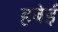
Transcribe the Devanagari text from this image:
हबेई